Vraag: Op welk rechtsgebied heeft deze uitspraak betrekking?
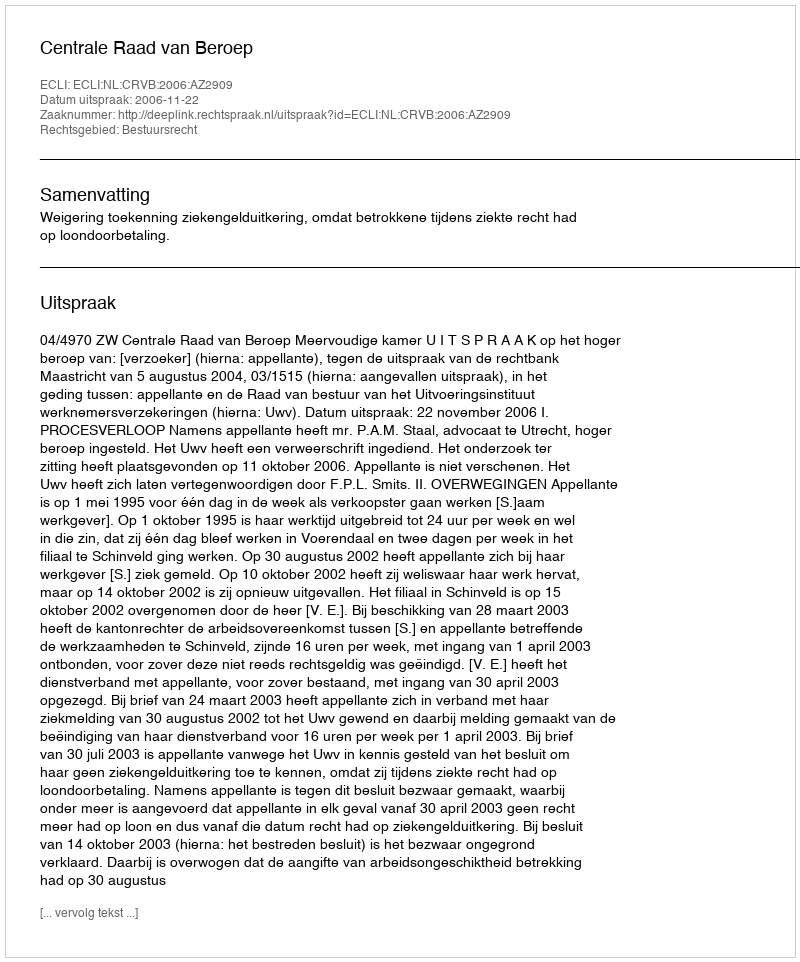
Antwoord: Bestuursrecht